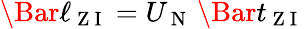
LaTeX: \Bar{\ell}_{\mathrm{~Z~I~}}=U_{\mathrm{~N~}}\, \Bar{t}_{\mathrm{~Z~I~}}